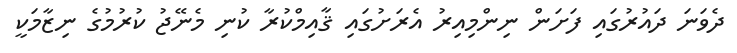
ދެވަނަ ދައުރުގައި ފަށަން ނިންމިއިރު އެރަށުގައި ޤާއިމްކުރާ ކުނި މެނޭޖު ކުރުމުގެ ނިޒާމަކީ